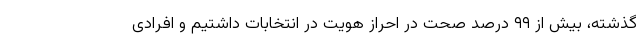
گذشته، بیش از ۹۹ درصد صحت در احراز هویت در انتخابات داشتیم و افرادی